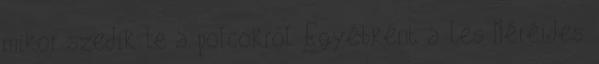
mikor szedik le a polcokról. Egyébként a Les Néréides